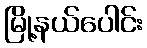
မြို့နယ်ပေါင်း